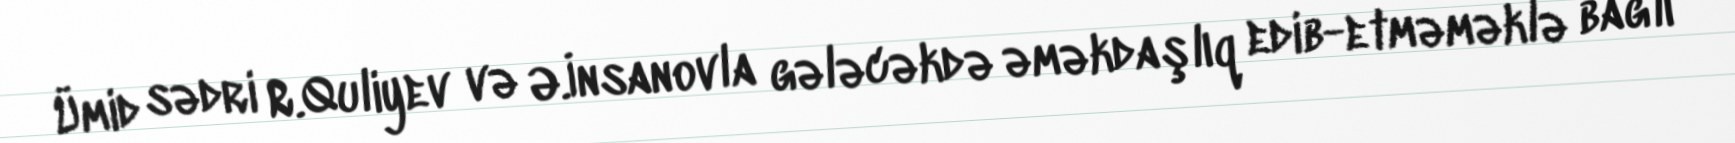
Ümid sədri R.Quliyev və Ə.İnsanovla gələcəkdə əməkdaşlıq edib-etməməklə bağlı